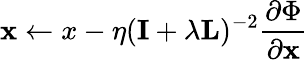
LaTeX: \textbf{x}\leftarrow x-\eta(\textbf{I}+\lambda\textbf{L})^{-2}\frac{\partial\Phi}{\partial\textbf{x}}